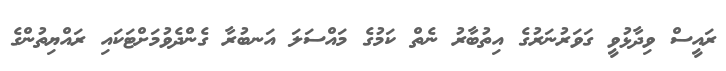
ރައީސް ވިދާޅުވީ ގަވަރުނަރުގެ އިތުބާރު ނެތް ކަމުގެ މައްސަލަ އަނބުރާ ގެންދެވުމަށްޓަކައި ރައްޔިތުންގެ